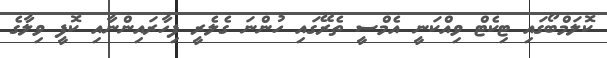
ކޮލަމްބޯގައި ޓިކެޓް ވިއްކަނީ އެމްސީ ތެރޭގައި ހުންނަ ގެލެރީ ފިހާރައިންނާއި ކޮފީ ވިލާގެ